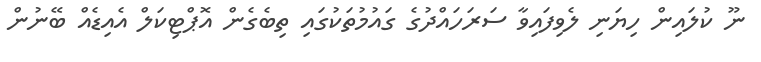
ނޫ ކުލައިން ހިޔަނި ލެވިފައިވާ ސަރަހައްދުގެ ގައުމުތަކުގައި ތިބެގެން އޮޕްޓިކަލް އެއިޑެއް ބޭނުން